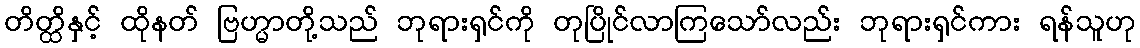
တိတ္ထိနှင့် ထိုနတ် ဗြဟ္မာတို့သည် ဘုရားရှင်ကို တုပြိုင်လာကြသော်လည်း ဘုရားရှင်ကား ရန်သူဟု